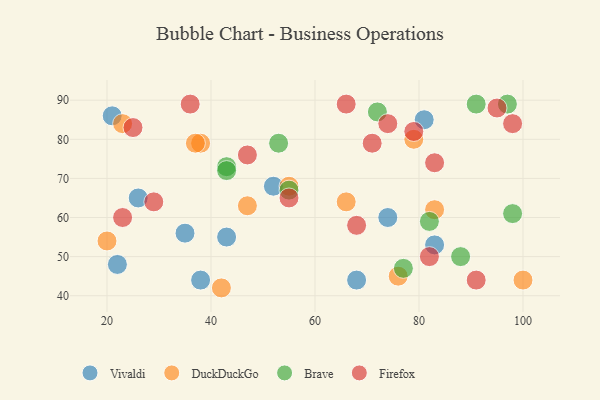
{"axis": {"x": "GDP", "y": "Life Expectancy"}, "legend": ["Brave", "DuckDuckGo", "Firefox", "Vivaldi"], "data": [{"x": "68", "y": 44, "type": "Vivaldi"}, {"x": "43", "y": 55, "type": "Vivaldi"}, {"x": "74", "y": 60, "type": "Vivaldi"}, {"x": "38", "y": 44, "type": "Vivaldi"}, {"x": "22", "y": 48, "type": "Vivaldi"}, {"x": "52", "y": 68, "type": "Vivaldi"}, {"x": "81", "y": 85, "type": "Vivaldi"}, {"x": "21", "y": 86, "type": "Vivaldi"}, {"x": "83", "y": 53, "type": "Vivaldi"}, {"x": "26", "y": 65, "type": "Vivaldi"}, {"x": "35", "y": 56, "type": "Vivaldi"}, {"x": "47", "y": 63, "type": "DuckDuckGo"}, {"x": "55", "y": 68, "type": "DuckDuckGo"}, {"x": "83", "y": 62, "type": "DuckDuckGo"}, {"x": "20", "y": 54, "type": "DuckDuckGo"}, {"x": "38", "y": 79, "type": "DuckDuckGo"}, {"x": "76", "y": 45, "type": "DuckDuckGo"}, {"x": "37", "y": 79, "type": "DuckDuckGo"}, {"x": "100", "y": 44, "type": "DuckDuckGo"}, {"x": "79", "y": 80, "type": "DuckDuckGo"}, {"x": "23", "y": 84, "type": "DuckDuckGo"}, {"x": "42", "y": 42, "type": "DuckDuckGo"}, {"x": "66", "y": 64, "type": "DuckDuckGo"}, {"x": "91", "y": 89, "type": "Brave"}, {"x": "88", "y": 50, "type": "Brave"}, {"x": "82", "y": 59, "type": "Brave"}, {"x": "43", "y": 73, "type": "Brave"}, {"x": "55", "y": 67, "type": "Brave"}, {"x": "98", "y": 61, "type": "Brave"}, {"x": "53", "y": 79, "type": "Brave"}, {"x": "72", "y": 87, "type": "Brave"}, {"x": "77", "y": 47, "type": "Brave"}, {"x": "97", "y": 89, "type": "Brave"}, {"x": "43", "y": 72, "type": "Brave"}, {"x": "79", "y": 82, "type": "Firefox"}, {"x": "36", "y": 89, "type": "Firefox"}, {"x": "66", "y": 89, "type": "Firefox"}, {"x": "74", "y": 84, "type": "Firefox"}, {"x": "83", "y": 74, "type": "Firefox"}, {"x": "29", "y": 64, "type": "Firefox"}, {"x": "23", "y": 60, "type": "Firefox"}, {"x": "47", "y": 76, "type": "Firefox"}, {"x": "91", "y": 44, "type": "Firefox"}, {"x": "82", "y": 50, "type": "Firefox"}, {"x": "95", "y": 88, "type": "Firefox"}, {"x": "68", "y": 58, "type": "Firefox"}, {"x": "25", "y": 83, "type": "Firefox"}, {"x": "55", "y": 65, "type": "Firefox"}, {"x": "98", "y": 84, "type": "Firefox"}, {"x": "71", "y": 79, "type": "Firefox"}]}